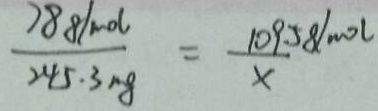
\frac { 7 8 8 / m o l } { 2 4 5 . 3 m g } = \frac { 1 0 9 . 5 8 / m o l } { x }